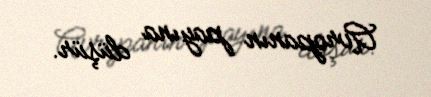
Avropanın payına düşür.